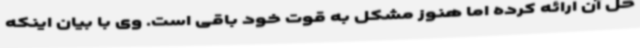
حل آن ارائه کرده اما هنوز مشکل به قوت خود باقی است. وی با بیان اینکه